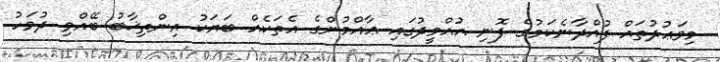
މިވަޢުދުތައް ފުއްދާނެކަމުގެ ފޮނި އުއްމީދުގައި ޢާއްމުންގެ އެތަކެއް ބަޔަކު އިންތިޚާބު ބޭއްވި ދުވަހު